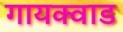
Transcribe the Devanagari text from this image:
गायक्वाड